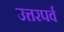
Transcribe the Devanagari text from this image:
उत्तरपर्व